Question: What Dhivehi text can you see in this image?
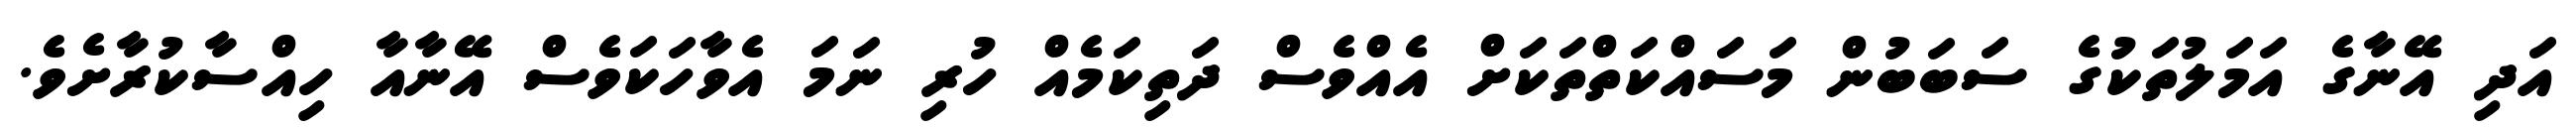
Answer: އަދި އޭނާގެ އަމަލުތަކުގެ ސަބަބުން މަސައްކަތްތަކަށް އެއްވެސް ދަތިކަމެއް ހުރި ނަމަ އެވާހަކަވެސް އޭނާއާ ހިއްސާކުރާށެވެ.